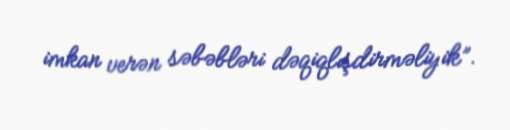
imkan verən səbəbləri dəqiqlışdirməliyik”.